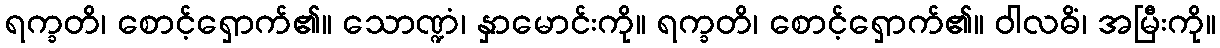
ရက္ခတိ၊ စောင့်ရှောက်၏။ သောဏ္ဍံ၊ နှာမောင်းကို။ ရက္ခတိ၊ စောင့်ရှောက်၏။ ဝါလဓိံ၊ အမြီးကို။